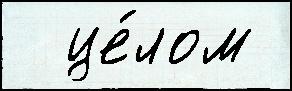
  це́лом